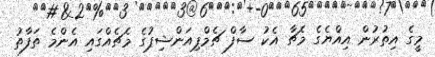
މީގެ އިތުރުން އިއްޔެގެ މެޗާ އެކު ސާފް ޗެމްޕިއަންޝިޕުގެ މެޗެއްގައި އެންމެ ތަފާތު